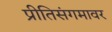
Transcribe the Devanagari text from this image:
प्रीतिसंगमावर